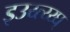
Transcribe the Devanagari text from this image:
इउय्त्य्य्घ्